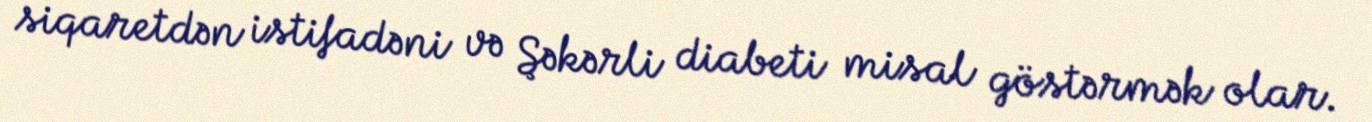
siqaretdən istifadəni və Şəkərli diabeti misal göstərmək olar.